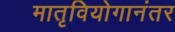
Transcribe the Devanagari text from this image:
मातृवियोगानंतर